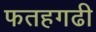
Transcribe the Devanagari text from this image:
फतहगढी